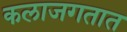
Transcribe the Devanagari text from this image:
कलाजगतात